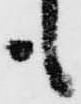
も